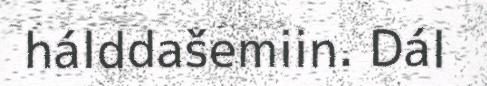
hálddašemiin. Dál